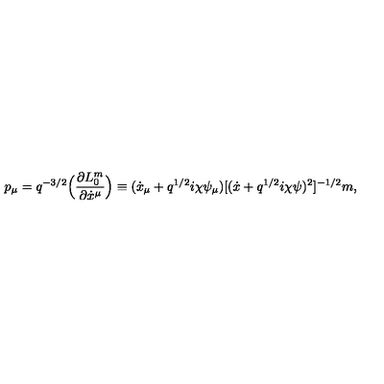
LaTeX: p _ { \mu } = q ^ { - 3 / 2 } \Bigl ( \frac { \partial L _ { 0 } ^ { m } } { \partial \dot { x } ^ { \mu } } \Bigr ) \equiv ( \dot { x } _ { \mu } + q ^ { 1 / 2 } i \chi \psi _ { \mu } ) [ ( \dot { x } + q ^ { 1 / 2 } i \chi \psi ) ^ { 2 } ] ^ { - 1 / 2 } m ,